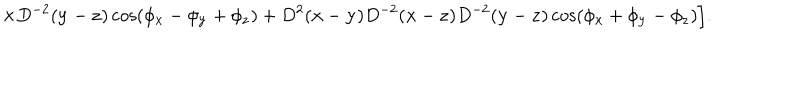
LaTeX: \times D ^ { - 2 } ( { \bf y } - { \bf z } ) \cos \left( \phi _ { \bf x } - \phi _ { \bf y } + \phi _ { \bf z } \right) + D ^ { 2 } ( { \bf x } - { \bf y } ) D ^ { - 2 } ( { \bf x } - { \bf z } ) D ^ { - 2 } ( { \bf y } - { \bf z } ) \cos \left( \phi _ { \bf x } + \phi _ { \bf y } - \phi _ { \bf z } \right) \Bigr ] .